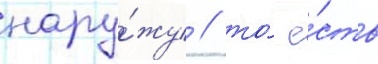
нару́жу / то́ е́сть